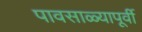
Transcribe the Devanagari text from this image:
पावसाळ्यापूर्वी